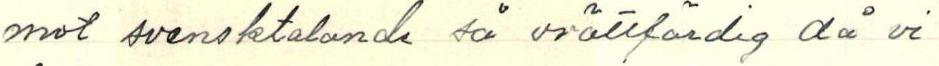
mot svensktalande så orättfärdig då vi